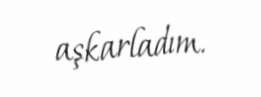
aşkarladım.